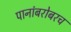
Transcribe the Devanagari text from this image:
पानांबरोबरच